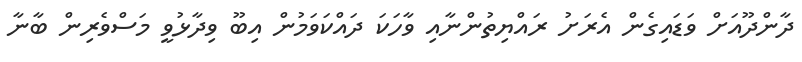
ދާންދޫއަށް ވަޑައިގެން އެރަށު ރައްޔިތުންނާއި ވާހަކަ ދައްކަވަމުން އިބޫ ވިދާޅުވީ މަސްވެރިން ބާނާ